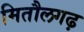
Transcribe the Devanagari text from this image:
मितौलगढ़